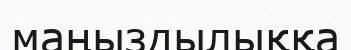
маңыздылыққа